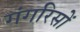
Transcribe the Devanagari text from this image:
गंगरिसों